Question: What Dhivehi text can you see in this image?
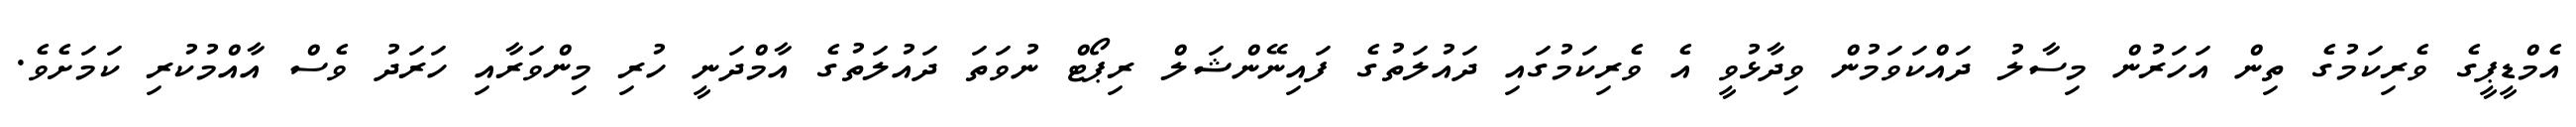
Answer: އެމްޑީޕީގެ ވެރިކަމުގެ ތިން އަހަރުން މިސާލު ދައްކަވަމުން ވިދާޅުވީ އެ ވެރިކަމުގައި ދައުލަތުގެ ފައިނޭންޝަލް ރިޕޯޓް ނުވަތަ ދައުލަތުގެ އާމްދަނީ ހުރި މިންވަރާއި ހަރަދު ވެސް އާއްމުކުރި ކަމަށެވެ.